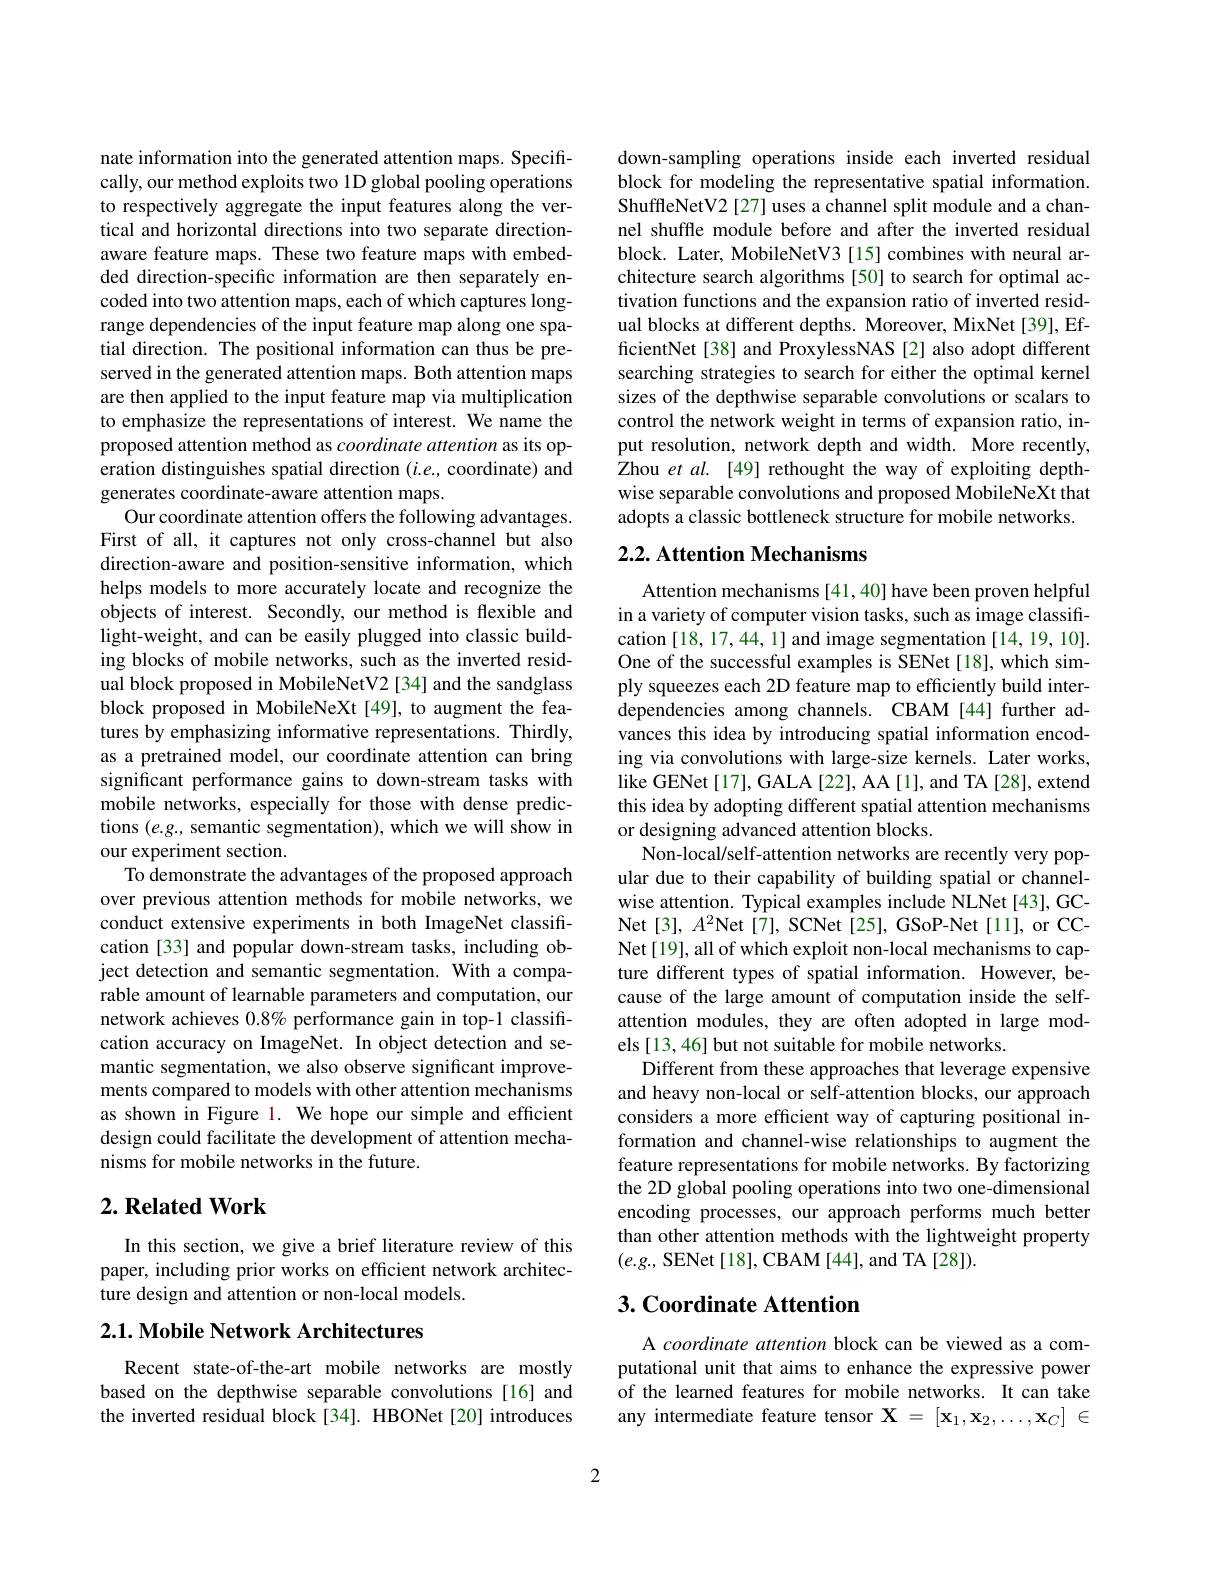
nate information into the generated attention maps. Specifically, our method exploits two 1D global pooling operations to respectively aggregate the input features along the vertical and horizontal directions into two separate directionaware feature maps. These two feature maps with embedded direction-specific information are then separately encoded into two attention maps, each of which captures longrange dependencies of the input feature map along one spatial direction. The positional information can thus be preserved in the generated attention maps. Both attention maps are then applied to the input feature map via multiplication to emphasize the representations of interest. We name the proposed attention method as coordinate attention as its operation distinguishes spatial direction $(i.e.$, coordinate) and generates coordinate-aware attention maps.
Our coordinate attention offers the following advantages. First of all, it captures not only cross-channel but also direction-aware and position-sensitive information, which helps models to more accurately locate and recognize the objects of interest. Secondly, our method is flexible and light-weight, and can be easily plugged into classic building blocks of mobile networks, such as the inverted residual block proposed in MobileNetV2 [34] and the sandglass block proposed in MobileNeXt[49], to augment the features by emphasizing informative representations. Thirdly, as a pretrained model, our coordinate attention can bring significant performance gains to down-stream tasks with mobile networks, especially for those with dense predictions $(e.g.$, semantic segmentation), which we will show in our experiment section.
To demonstrate the advantages of the proposed approach over previous attention methods for mobile networks, we conduct extensive experiments in both ImageNet classification [33] and popular down-stream tasks, including object detection and semantic segmentation. With a comparable amount of learnable parameters and computation, our network achieves $0.8\%$ performance gain in top-1 classification accuracy on ImageNet. In object detection and semantic segmentation, we also observe significant improvements compared to models with other attention mechanisms as shown in Figure 1. We hope our simple and efficient design could facilitate the development of attention mechanisms for mobile networks in the future.
$2. \textbf{ Related Work}$

In this section, we give a brief literature review of this paper, including prior works on efficient network architecture design and attention or non-local models.

## 2.1. Mobile Network Architectures

Recent state-of-the-art mobile networks are mostly based on the depthwise separable convolutions [16] and the inverted residual block [34]. HBONet [20] introduces

down-sampling operations inside each inverted residual block for modeling the representative spatial information. ShuffleNetV2 [27] uses a channel split module and a channel shuffle module before and after the inverted residual block. Later, MobileNetV3 [15] combines with neural architecture search algorithms [50] to search for optimal activation functions and the expansion ratio of inverted residual blocks at different depths. Moreover, MixNet [39], EfficientNet [38] and ProxylessNAS [2] also adopt different searching strategies to search for either the optimal kernel sizes of the depthwise separable convolutions or scalars to control the network weight in terms of expansion ratio, input resolution, network depth and width. More recently, Zhou et al. [49] rethought the way of exploiting depthwise separable convolutions and proposed MobileNeXt that adopts a classic bottleneck structure for mobile networks.

## 2.2. Attention Mechanisms

Attention mechanisms [41,40] have been proven helpful in a variety of computer vision tasks, such as image classification [18,17,44,1] and image segmentation [14,19,10]. One of the successful examples is SENet[18], which simply squeezes each 2D feature map to efficiently build interdependencies among channels. CBAM [44] further advances this idea by introducing spatial information encoding via convolutions with large-size kernels. Later works, like GENet [17], GALA [22], AA [1], and TA [28], extend this idea by adopting different spatial attention mechanisms or designing advanced attention blocks.
Non-local/self-attention networks are recently very popular due to their capability of building spatial or channelwise attention. Typical examples include NLNet[43], GCNet[3], $A^2$Net[7], SCNet[25], GSoP-Net[11], or CCNet[19], all of which exploit non-local mechanisms to capture different types of spatial information. However, because of the large amount of computation inside the selfattention modules, they are often adopted in large models [13,46] but not suitable for mobile networks.
Different from these approaches that leverage expensive and heavy non-local or self-attention blocks, our approach considers a more efficient way of capturing positional information and channel-wise relationships to augment the feature representations for mobile networks. By factorizing the 2D global pooling operations into two one-dimensional encoding processes, our approach performs much better than other attention methods with the lightweight property $(e.g.$, SENet[18], CBAM[44], and TA[28]).

## 3. Coordinate Attention

A coordinate attention block can be viewed as a computational unit that aims to enhance the expressive power of the learned features for mobile networks. It can take any intermediate feature tensor $\mathbf{X}=[\mathbf{x}_1,\mathbf{x}_2,\ldots,\mathbf{x}_C]\in$

2